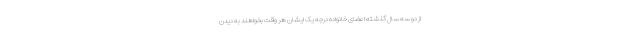
از دو سه سال گذشته اعضای خانواده درجه یک ایشان هر وقت بخواهند به دیدن